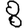
Digit: 8